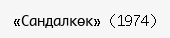
«Сандалкөк» (1974)